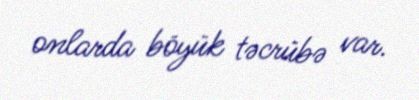
onlarda böyük təcrübə var.